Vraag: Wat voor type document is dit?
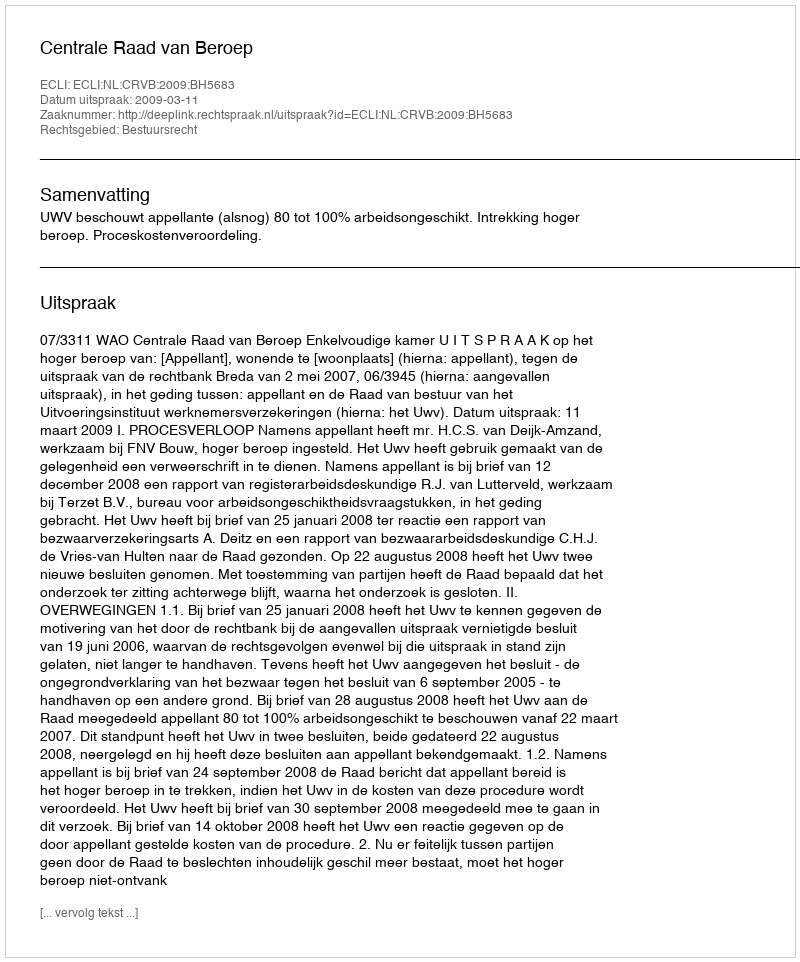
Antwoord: Uitspraak